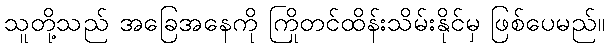
သူတို့သည် အခြေအနေကို ကြိုတင်ထိန်းသိမ်းနိုင်မှ ဖြစ်ပေမည်။